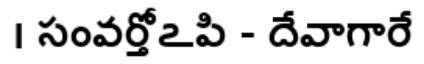
। సంవర్తోఽపి - దేవాగారే